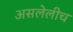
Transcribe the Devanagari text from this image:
असलेलीच